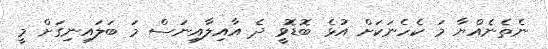
ނެތެނެއްޔާ މަ ކެހެނަކަށް އުޅެ ބޮޑޮވީ ދެ އާއިލާއިނަސް މަ ބަލައިނިގަށް މީ